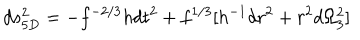
LaTeX: d s _ { 5 D } ^ { 2 } = - f ^ { - 2 / 3 } h d t ^ { 2 } + f ^ { 1 / 3 } [ h ^ { - 1 } d r ^ { 2 } + r ^ { 2 } d \Omega _ { 3 } ^ { 2 } ]